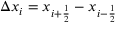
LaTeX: \Delta x _ { i } = x _ { i + { \frac { 1 } { 2 } } } - x _ { i - { \frac { 1 } { 2 } } }